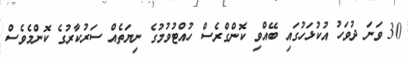
30 ވަނަ ދުވަހު އުކުޅަހުގައި ބޭއްވި ކޮންގްރެސް ހުއްޓުވުމުގެ ނިޔަތެއް ސަރުކާރުގެ ކޮންމެވެސް